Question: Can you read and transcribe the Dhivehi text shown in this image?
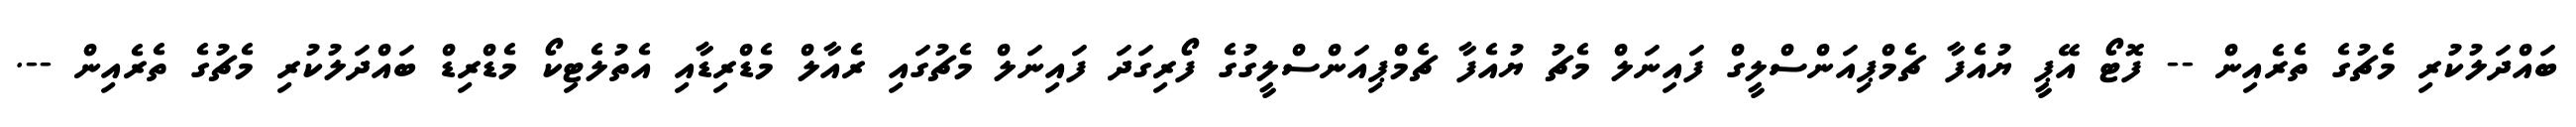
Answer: ބައްދަލުކުރި މެޗުގެ ތެރެއިން -- ފޮޓޯ އޭޕީ ޔުއެފާ ޗެމްޕިއަންސްލީގް ފައިނަލް މެޗު ޔުއެފާ ޗެމްޕިއަންސްލީގުގެ ފޯރިގަދަ ފައިނަލް މެޗުގައި ރެއާލް މެޑްރިޑާއި އެތުލެޓިކޯ މެޑްރިޑް ބައްދަލުކުރި މެޗުގެ ތެރެއިން --.